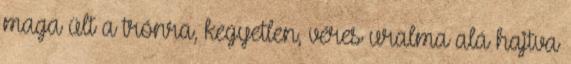
maga ült a trónra, kegyetlen, véres uralma alá hajtva